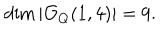
LaTeX: \dim | { \mathcal O } _ { Q } ( 1 , 4 ) | = 9 .